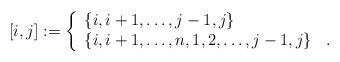
LaTeX: \begin{align*}[i,j]:=\left\{\begin{array}{ll} \{i,i+1,\dots, j-1,j\} & \\ \{i,i+1,\dots, n,1, 2,\dots, j-1,j\} & .\end{array}\right.\end{align*}